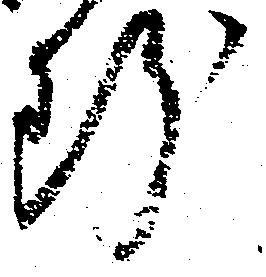
断